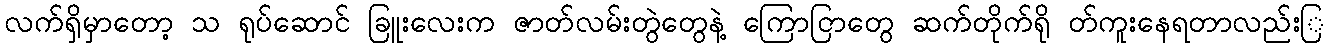
လက်ရှိမှာတော့ သ ရုပ်ဆောင် ခြူးလေးက ဇာတ်လမ်းတွဲတွေနဲ့ ကြောငြာတွေ ဆက်တိုက်ရို တ်ကူးနေရတာလည်းြ